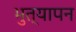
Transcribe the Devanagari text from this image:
भुत्यापन